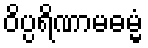
ဝိပ္ပရိဏာမဓမ္မံ